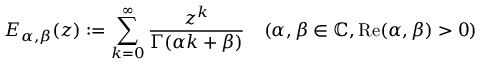
{ E } _ { \alpha , \beta } ( z ) : = \sum _ { k = 0 } ^ { \infty } \frac { z ^ { k } } { \Gamma ( \alpha k + \beta ) } \quad ( \alpha , \beta \in \mathbb { C } , \mathrm { R e } ( { \alpha , \beta } ) > 0 )